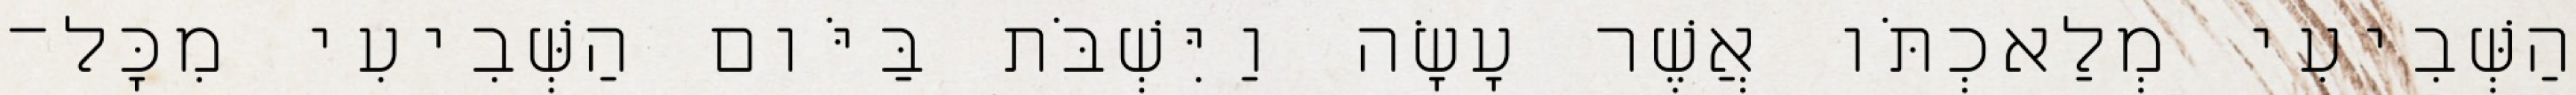
הַשְּׁבִיעִי מְלַאכְתֹּו אֲשֶׁר עָשָׂה וַיִּשְׁבֹּת בַּיֹּום הַשְּׁבִיעִי מִכָּל־